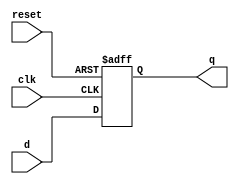
/**
 * Resettable Flip-Flop.
 * A simple data register.
 */
module flopr
  #(parameter WIDTH = 8)
   (
	input 				   clk, reset,
	input [WIDTH-1:0] 	   d,
	output reg [WIDTH-1:0] q);

   always @(posedge clk, posedge reset)
	 if (reset)
	   q <= 0;
	 else
	   q <= d;
endmodule